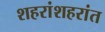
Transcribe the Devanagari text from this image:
शहरांशहरांत